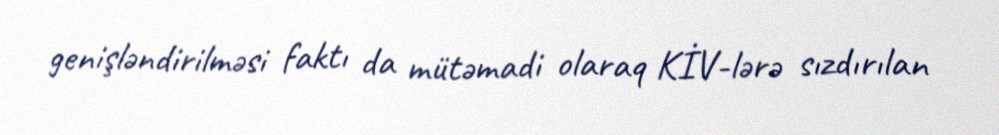
genişləndirilməsi faktı da mütəmadi olaraq KİV-lərə sızdırılan